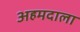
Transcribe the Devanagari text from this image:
अहमदाला